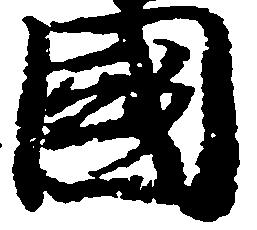
国